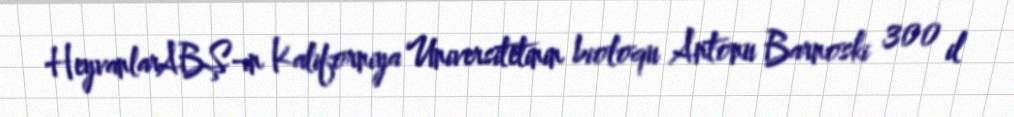
HeyvanlarABŞ-ın Kaliforniya Universitetinin bioloqu Antonu Barnoski 300 il